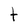
Character: t